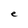
Character: e